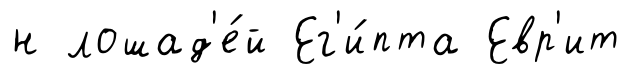
н лошад'е́й Ег'и́пта Евр'ит